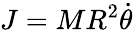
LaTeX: J=MR^{2}{\dot{\theta}}